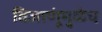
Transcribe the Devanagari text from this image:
विजाणूंमुळेच